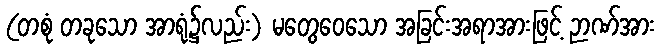
(တစုံ တခုသော အာရုံ၌လည်း) မတွေဝေသော အခြင်းအရာအားဖြင့် ဉာဏ်အား